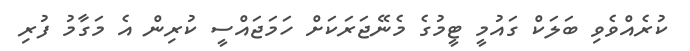
ކުރެއްވެވި ބަލަކް ގައުމީ ޓީމުގެ މެނޭޖަރަކަށް ހަމަޖައްސީ ކުރިން އެ މަގާމު ފުރި